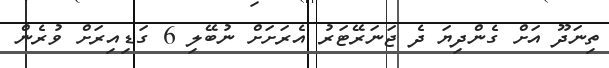
ތިނަދޫ އަށް ގެންދިޔަ ދެ ޖަނަރޭޓަރު އެރަށަށް ނުބޭލި 6 ގަޑިއިރަށް ވުރެން